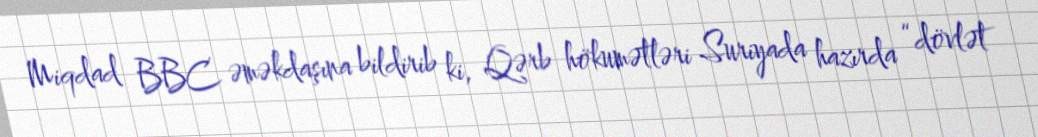
Miqdad BBC əməkdaşına bildirib ki, Qərb hökumətləri Suriyada hazırda “dövlət